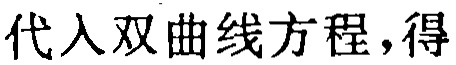
代入双曲线方程，得